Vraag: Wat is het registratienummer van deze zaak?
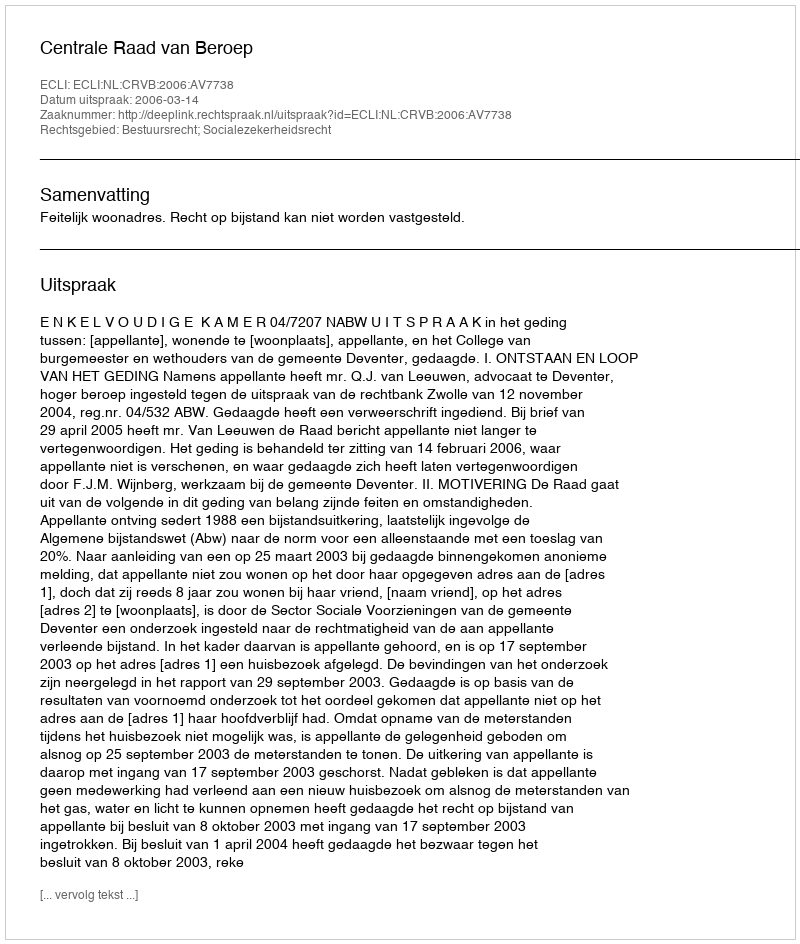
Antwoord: http://deeplink.rechtspraak.nl/uitspraak?id=ECLI:NL:CRVB:2006:AV7738